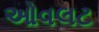
ઓવલટ